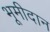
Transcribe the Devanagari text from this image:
भूमीदान